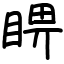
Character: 睤